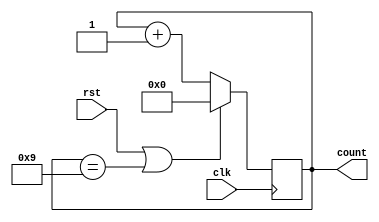
`timescale 1ns / 1ps
//////////////////////////////////////////////////////////////////////////////////
// Company: 
// Engineer: 
// 
// Design Name: 
// Module Name: MODN_Counter
// Project Name: 
// Target Devices: 
// Tool Versions: 
// Description: 
// 
// Dependencies: 
// 
// Revision:
// Revision 0.01 - File Created
// Additional Comments:
// 
//////////////////////////////////////////////////////////////////////////////////
module MODN_Counter(clk,rst,count);
  input clk,rst;
  output reg [3:0]count;
  always@(posedge clk) begin
    if(rst == 1 || count == 9)
      count <= 0;
    else
      count <= count + 1;
  end
endmodule